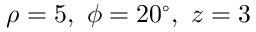
\rho = 5 , \ \phi = 2 0 ^ { \circ } , \ z = 3